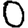
Digit: 0